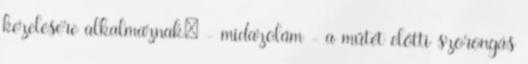
kezelésére alkalmaznak; - midazolám - a műtét előtti szorongás